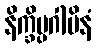
နိက္ခိပ္ပဂါမိနံ